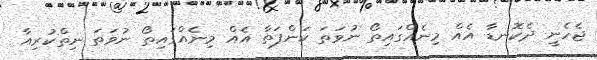
ޖެހެނީ ދެކޮނޑާ އެއް މިނެއްގައިތޯ ނުވަތަ ކަންފަތާ އެއް މިނެއްގައިތޯ ނުވަތަ ނިތްކުރިއާ